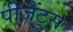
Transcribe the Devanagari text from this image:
पीजेंट्स